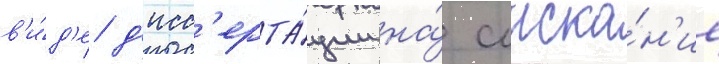
в'и́д'е д'исс'ерта́ции на́ соиска́н'ие